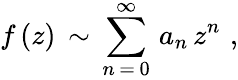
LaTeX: f\, (z)\, \sim\, \sum_{n\, =\, 0}^{\infty}\, a_{n}\, z^{n}\, \, ,